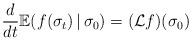
\begin{align*}\frac{d}{dt}\mathbb{E}(f(\sigma_{t})\,|\,\sigma_{0})=(\mathcal{L}f)(\sigma_{0})\end{align*}